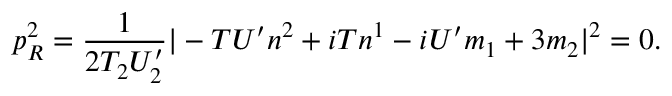
p _ { R } ^ { 2 } = \frac { 1 } { 2 T _ { 2 } U _ { 2 } ^ { \prime } } | - { T } U ^ { \prime } n ^ { 2 } + i { T } n ^ { 1 } - i U ^ { \prime } m _ { 1 } + 3 m _ { 2 } | ^ { 2 } = 0 .